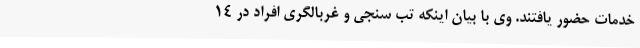
خدمات حضور یافتند. وی با بیان اینکه تب سنجی و غربالگری افراد در 14